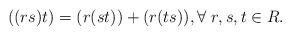
LaTeX: \begin{align*}((rs)t) = (r(st)) + (r(ts)), \forall~r, s, t \in R.\end{align*}